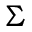
\Sigma